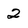
Character: 2